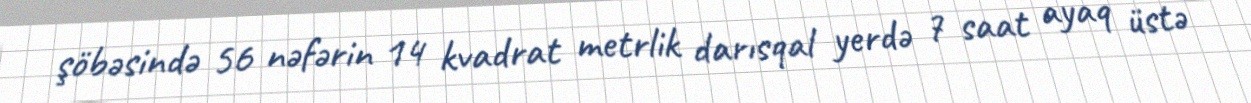
şöbəsində 56 nəfərin 14 kvadrat metrlik darısqal yerdə 7 saat ayaq üstə